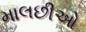
માલછીઓ